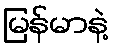
မြန်မာနဲ့